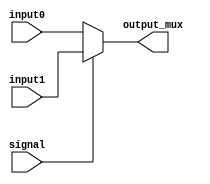
module Mux(input [31:0] input0,
            input [31:0] input1,
            input signal,
            output reg [31:0] output_mux);
    always @(*) begin
        if(signal) begin
            output_mux=input1;
        end
        else begin
            output_mux=input0;
        end
    end
endmodule

module MuxForIsEcall(input [4:0] input0,
                    input [4:0] input1,
                    input signal,
                    output reg [4:0] output_mux);
    always @(*) begin
        if(signal) begin
            output_mux=input1;
        end
        else begin
            output_mux=input0;
        end
    end
endmodule

module Mux2bit(input [31:0] input00,
                    input [31:0] input01,
                    input [31:0] input10,
                    input [1:0] signal,
                    output reg [31:0] output_mux);
    always @(*) begin
        if(signal==2'b00) begin
            output_mux=input00;
        end
        else if(signal==2'b01) begin
            output_mux=input01;
        end
        else if(signal==2'b10) begin
            output_mux=input10;
        end
    end
endmodule